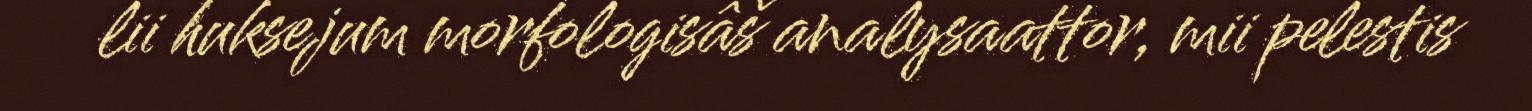
lii huksejum morfologisâš analysaattor, mii pelestis